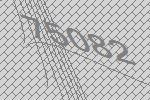
75082